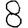
Digit: 8